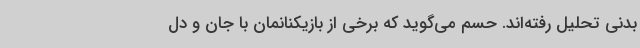
بدنی تحلیل رفته‌اند. حسم می‌گوید که برخی از بازیکنانمان با جان و دل